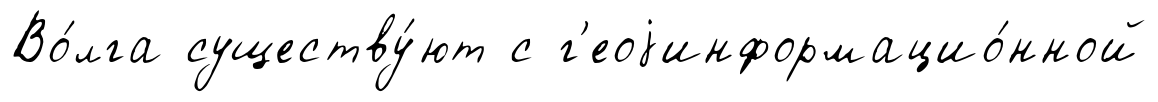
Во́лга существу́ют с г'еоjинформацио́нной